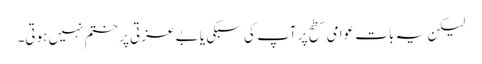
لیکن یہ بات عوامی سطح پر آپ کی سبکی یا بے عزتی پر ختم نہیں ہوتی۔